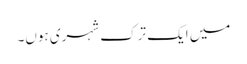
میں ایک ترک شہری ہوں۔